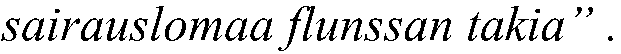
sairauslomaa flunssan takia” .